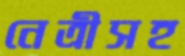
নেত্রীসহ